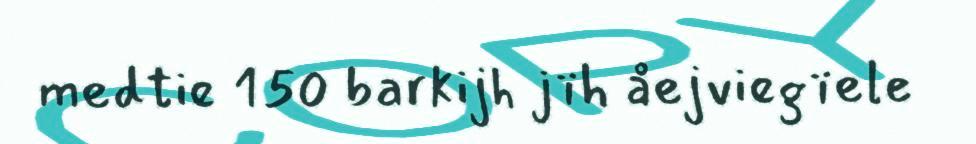
medtie 150 barkijh jïh åejviegïele